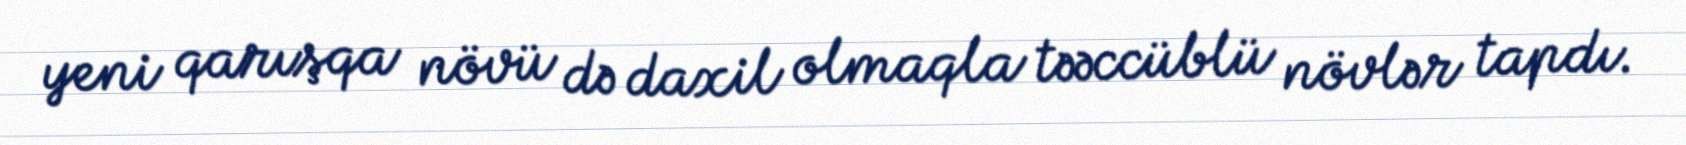
yeni qarışqa növü də daxil olmaqla təəccüblü növlər tapdı.